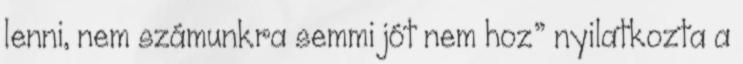
lenni, nem számunkra semmi jót nem hoz” nyilatkozta a